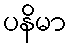
ပနိမာ